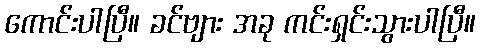
ကောင်းပါပြီ။ ခင်ဗျား အခု ကင်းရှင်းသွားပါပြီ။